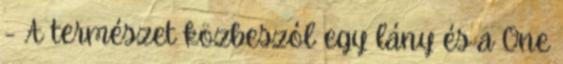
- A természet közbeszól egy lány és a One